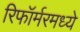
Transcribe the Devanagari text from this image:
रिफॉर्मरमध्ये